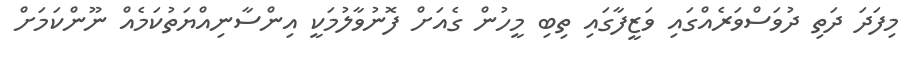
މިފަދަ ދަތި ދުވަސްވަރެއްގައި ވަޒީފާގައި ތިބި މީހުން ގެއަށް ފޮނުވާލުމަކީ އިންސާނިއްޔަތުކަމެއް ނޫންކަމަށް